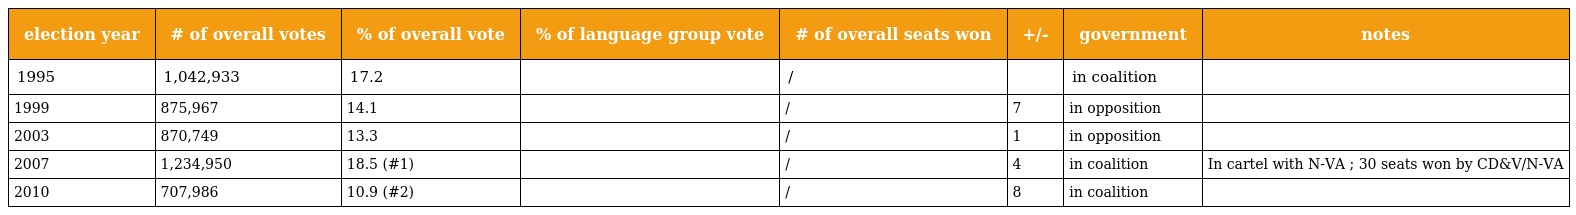
| election year | # of overall votes | % of overall vote | % of language group vote | # of overall seats won | +/- | government | notes |
 | --- | --- | --- | --- | --- | --- | --- | --- |
 | 1995 | 1,042,933 | 17.2 |  | / |  | in coalition |  |
 | 1999 | 875,967 | 14.1 |  | / | 7 | in opposition |  |
 | 2003 | 870,749 | 13.3 |  | / | 1 | in opposition |  |
 | 2007 | 1,234,950 | 18.5 (#1) |  | / | 4 | in coalition | In cartel with N-VA ; 30 seats won by CD&V/N-VA |
 | 2010 | 707,986 | 10.9 (#2) |  | / | 8 | in coalition |  |